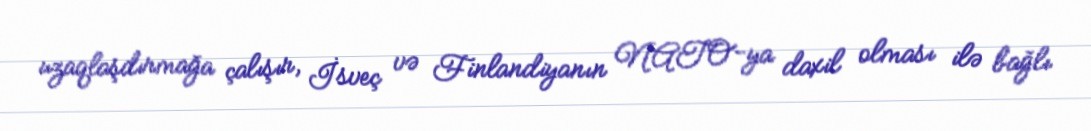
uzaqlaşdırmağa çalışır, İsveç və Finlandiyanın NATO-ya daxil olması ilə bağlı